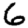
Digit: 6